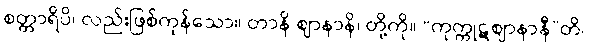
စတ္တာရိပိ၊ လည်းဖြစ်ကုန်သော။ တာနိ ဈာနာနိ၊ တို့ကို။ “ကုက္ကုဋဈာနာနီ”တိ၊